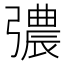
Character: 𢐪